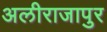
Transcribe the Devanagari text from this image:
अलीराजापुर